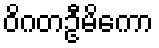
ဝိဂတဦမိကော